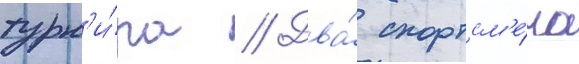
турн'и́ра // Два́ спортсм'е́на